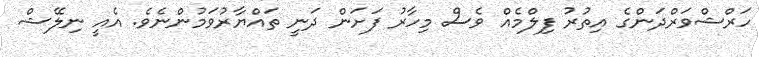
ހަރްޝްވަރްދަންގެ އިތުރު ފިލްމެއް ވެސް މިހާރު ފަށަން ދަނީ ތައްޔާރުވަމުންނެވެ. އެއީ ނިލޭޝް